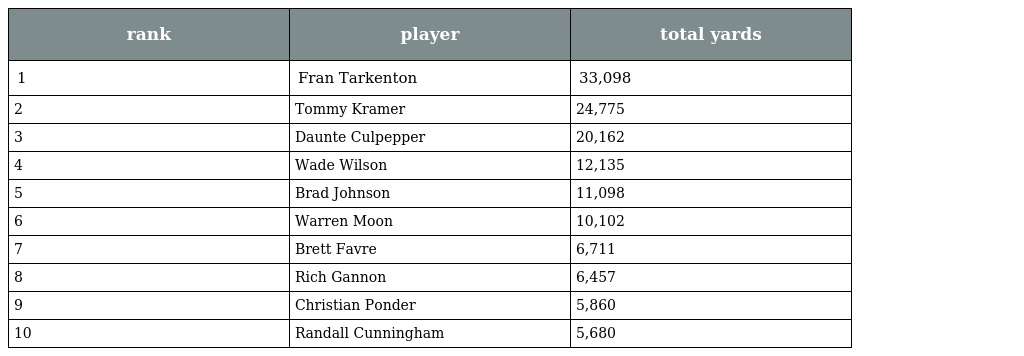
| rank | player | total yards |
 | --- | --- | --- |
 | 1 | Fran Tarkenton | 33,098 |
 | 2 | Tommy Kramer | 24,775 |
 | 3 | Daunte Culpepper | 20,162 |
 | 4 | Wade Wilson | 12,135 |
 | 5 | Brad Johnson | 11,098 |
 | 6 | Warren Moon | 10,102 |
 | 7 | Brett Favre | 6,711 |
 | 8 | Rich Gannon | 6,457 |
 | 9 | Christian Ponder | 5,860 |
 | 10 | Randall Cunningham | 5,680 |